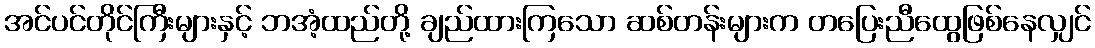
အင်ပင်တိုင်ကြီးများနှင့် ဘအံ့ထည်တို့ ချည်ထားကြသော ဆစ်တန်းများက တပြေးညီထွေဖြစ်နေလျှင်